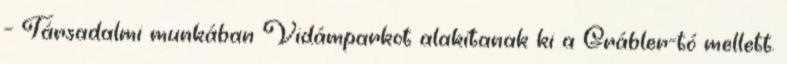
– Társadalmi munkában Vidámparkot alakítanak ki a Grábler-tó mellett.